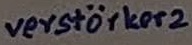
Text: verstärker2